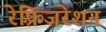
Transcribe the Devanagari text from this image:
रेफ़्रिजरेशन